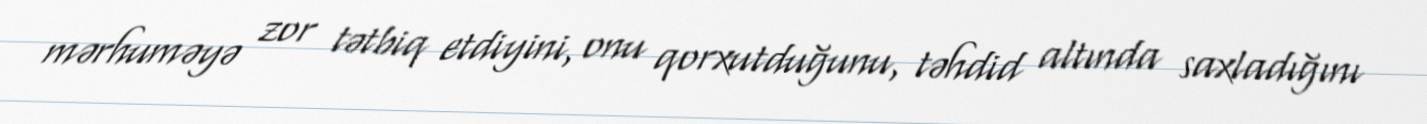
mərhuməyə zor tətbiq etdiyini, onu qorxutduğunu, təhdid altında saxladığını